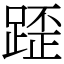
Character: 𨂿